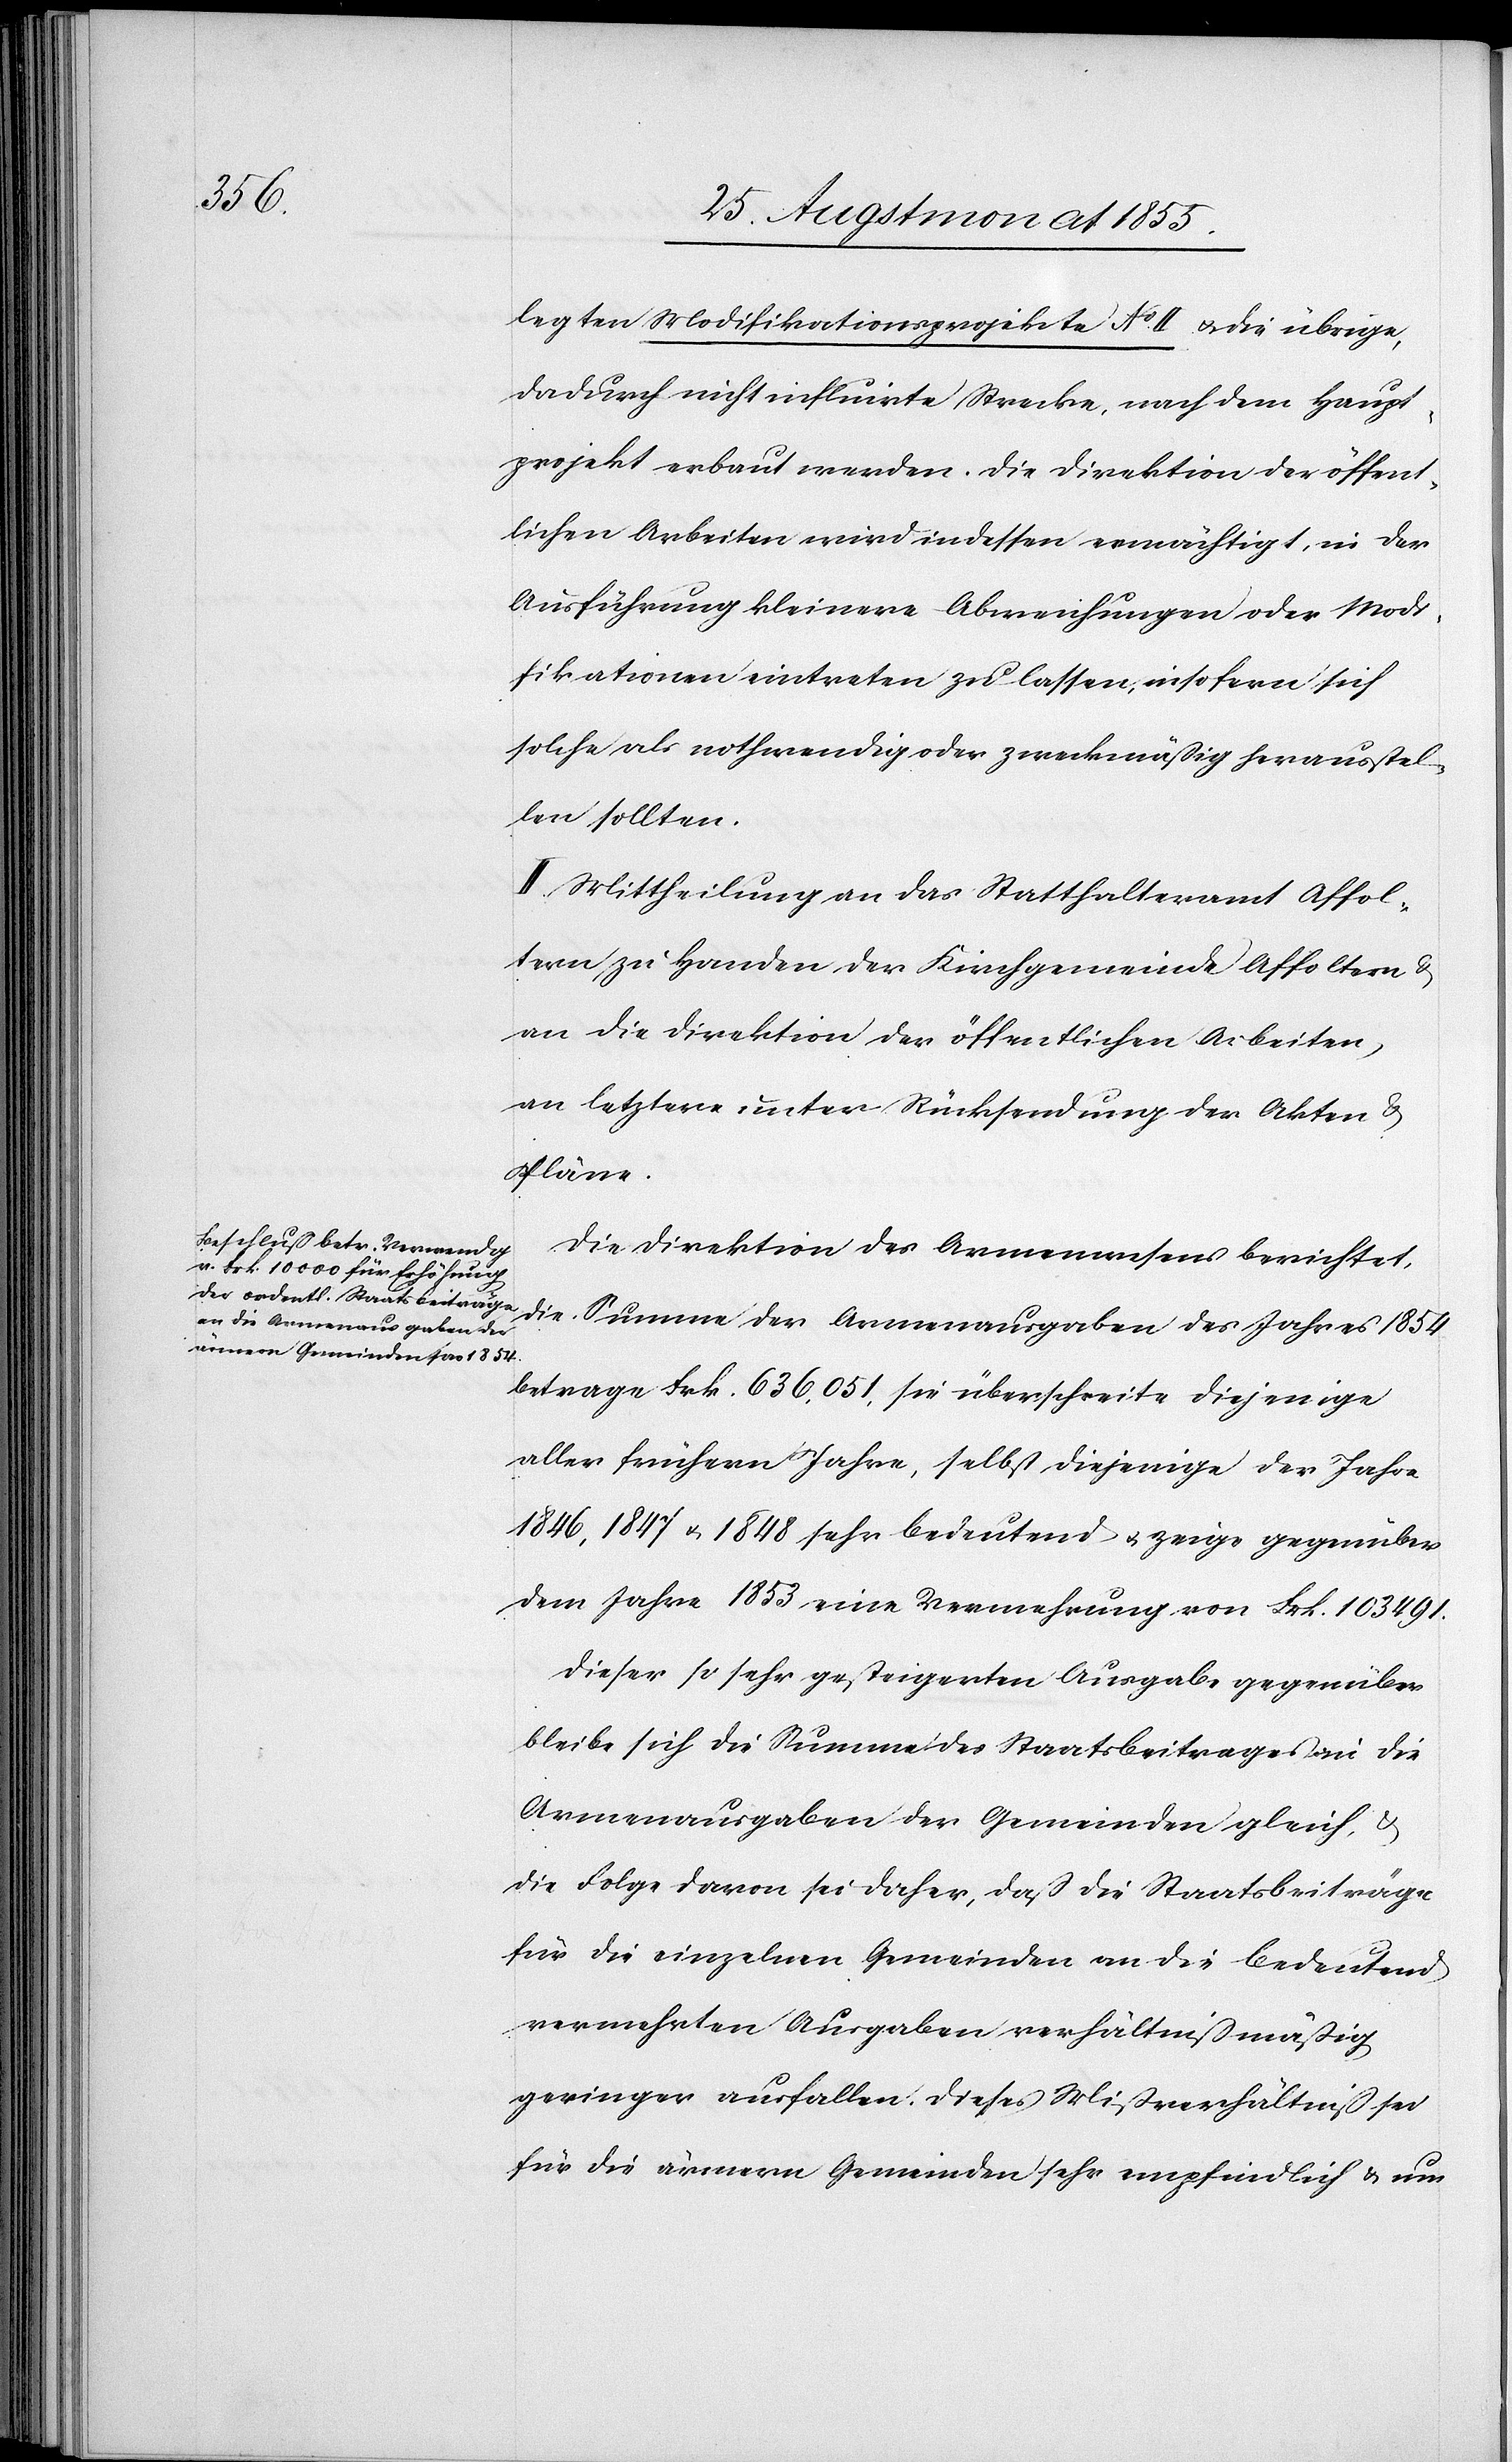
legten Modifikationsprojekte No. II. & die übrige,
dadurch nicht influirte Strecke, nach dem Haupt¬
projekt erbaut werden. Die Direktion der öffent¬
lichen Arbeiten wird indessen ermächtigt, in der
Ausführung kleinere Abweichungen oder Modi¬
fikationen eintreten zu lassen, insofern sich
solche als nothwendig oder zweckmäßig herausstel¬
len sollten.
II. Mittheilung an das Statthalteramt Affol¬
tern zu Handen der Kirchgemeinde Affoltern &
an die Direktion der öffentlichen Arbeiten,
an letztere unter Rücksendung der Akten &
Pläne.
Die Direktion des Armenwesens berichtet,
die Summe der Armenausgaben des Jahres 1854.
betrage Frk. 636,051, sie überschreite diejenige
aller frühern Jahre, selbst diejenige der Jahre
1846, 1847 & 1848 sehr bedeutend & zeige gegenüber
dem Jahre 1853 eine Vermehrung von Frk. 103 491.
Dieser so sehr gesteigerten Ausgabe gegenüber
bleibe sich die Summe des Staatsbeitrages an die
Armenausgaben der Gemeinden gleich, &
die Folge davon sei daher, daß die Staatsbeiträge
für die einzelnen Gemeinden an die bedeutend
vermehrten Ausgaben verhältnißmäßig
geringer ausfallen. Dieses Mißverhältniß sei
für die ärmern Gemeinden sehr empfindlich & um